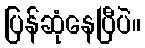
ပြန်ဆုံနေပြီပဲ။